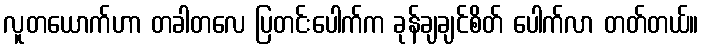
လူတယောက်ဟာ တခါတလေ ပြတင်းပေါက်က ခုန်ချချင်စိတ် ပေါက်လာ တတ်တယ်။